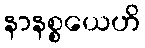
နာနစ္စယေဟိ